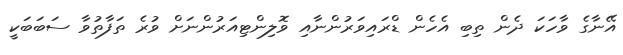
އޭނާގެ ވާހަކަ ދެން ތިބި އެހެން ޑްރައިވަރުންނާއި ވޮލިންޓިއަރުންނަށް ވުރެ ތަފާތުވާ ސަބަބަކީ